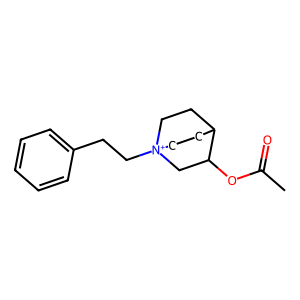
SMILES: CC(=O)OC1C[N+]2(CCc3ccccc3)CCC1CC2
Inhibits HIV replication: No